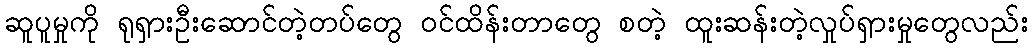
ဆူပူမှုကို ရုရှားဦးဆောင်တဲ့တပ်တွေ ဝင်ထိန်းတာတွေ စတဲ့ ထူးဆန်းတဲ့လှုပ်ရှားမှုတွေလည်း